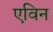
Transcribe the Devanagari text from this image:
एविन